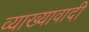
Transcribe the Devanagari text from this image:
व्याख्यावादी